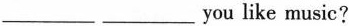
___ ___you like music?